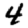
Digit: 4